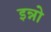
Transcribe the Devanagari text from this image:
इन्नो